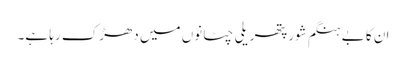
ان کا بے ہنگم شور پتھریلی چٹانوں میں دھڑک رہا ہے۔